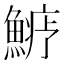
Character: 𩺋